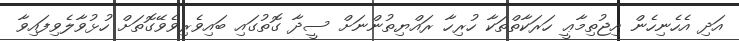
އަދި އެހެނިހެން އިޖުތިމާޢީ ހަރަކާތްތަކާ ހުރިހާ ރައްޔިތުންނަށް ސީދާ ގޮތުގައި ބައިވެރިވެވޭގޮތަށް ހުޅުވާލެވިފައިވާ